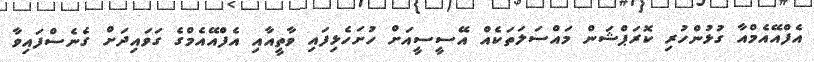
އެފްއޭއެމްއާ ގުޅުންހުރި ކޮރަޕްޝަން މައްސަލަތަކެއް އޭސީސީއަށް ހުށަހެޅިފައި ވާތީއާއި އެފްއޭއެމްގެ ގަވައިދަށް ގެނެސްފައިވާ